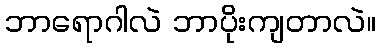
ဘာရောဂါလဲ ဘာပိုးကျတာလဲ။